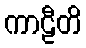
ကာဠီတိ